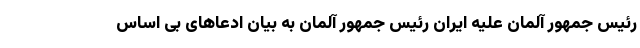
رئیس ‌جمهور آلمان علیه ایران رئیس جمهور آلمان به بیان ادعاهای بی اساس